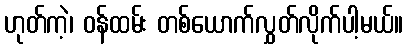
ဟုတ်ကဲ့၊ ဝန်ထမ်း တစ်ယောက်လွှတ်လိုက်ပါ့မယ်။